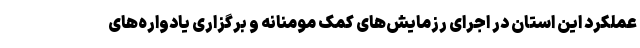
عملکرد این استان در اجرای رزمایش‌های کمک مومنانه و برگزاری یادواره‌های